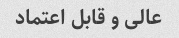
عالی و قابل اعتماد